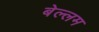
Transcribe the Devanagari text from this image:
बेल्लम